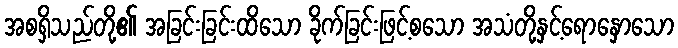
အစရှိသည်တို့၏ အခြင်းခြင်းထိသော ခိုက်ခြင်းဖြင့်စသော အသံတို့နှင့်ရောနှောသော